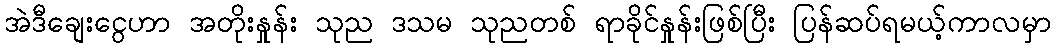
အဲဒီချေးငွေဟာ အတိုးနှုန်း သုည ဒသမ သုညတစ် ရာခိုင်နှုန်းဖြစ်ပြီး ပြန်ဆပ်ရမယ့်ကာလမှာ